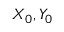
X _ { 0 } , Y _ { 0 }